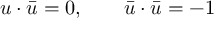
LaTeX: u \cdot \bar { u } = 0 , \qquad \bar { u } \cdot \bar { u } = - 1